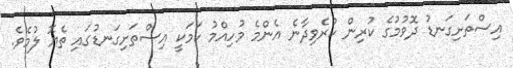
އިސްތަށިގަނޑު ދޮވުމުގެ ކުރިން ކުރެވިދާނެ އެންމެ މުހިއްމު ކަމަކީ އިސްތަށިގަނޑުގައި ތެޔޮ ލުމެވެ.